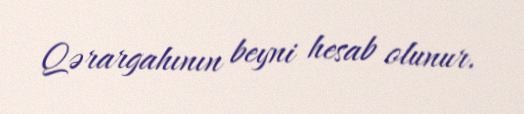
Qərargahının beyni hesab olunur.